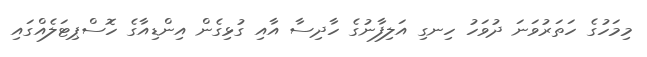
މިމަހުގެ ހަތަރުވަނަ ދުވަހު ހިނގި އަލިފާނުގެ ހާދިސާ އާއި ގުޅިގެން އިންޑިއާގެ ހޮސްޕިޓަލެއްގައި